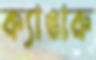
ক্যাঙারু